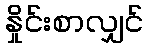
နှိုင်းစာလျှင်